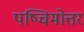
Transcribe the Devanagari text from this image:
पष्चिमोत्तर